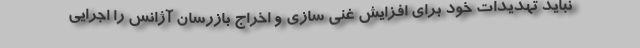
نباید تهدیدات خود برای افزایش غنی سازی و اخراج بازرسان آژانس را اجرایی